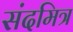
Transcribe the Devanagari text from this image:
संदमित्र